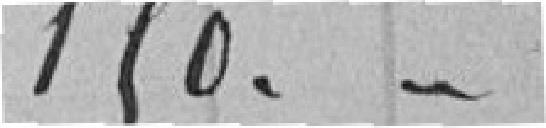
150